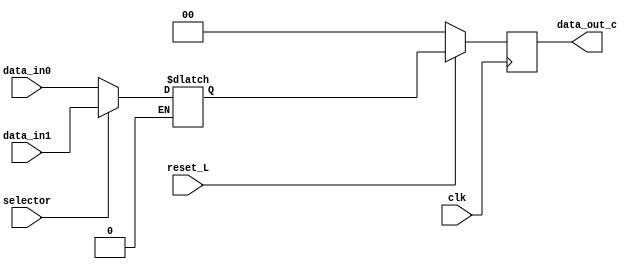
module mux_conductual(
    input clk,
    input reset_L,
    input selector,//bit de seleccion
    input [1:0] data_in0,//entradad de datos 0
    input [1:0] data_in1,//entrada de datos 1
    output reg [1:0] data_out_c);//salida como bus de dos bits
reg [1:0] x;
always@(*) begin
    if(selector==1) x=data_in1;
    else if(selector==0) x=data_in0; 
    end
always@(posedge clk)  //funcionamineto como flip-flop dincronizado por flanco positivo de reloj
                begin 
                    if (reset_L==1) data_out_c<=x;//si el selector esta en 1, el mux de en medio funciona como buffer hasta el flip-flop
                    else if(reset_L==0) data_out_c<=2'b00;//segun enunciado, en este caso, el mux dos estara con su salida en 0 
                end
endmodule